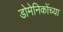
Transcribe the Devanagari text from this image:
डोमेनिकोंच्या